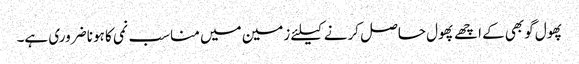
پھول گوبھی کے اچھے پھول حاصل کرنے کیلئے زمین میں مناسب نمی کا ہونا ضروری ہے۔